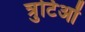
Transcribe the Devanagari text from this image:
त्रुटिओं